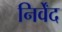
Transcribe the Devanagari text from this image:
निर्वेंद